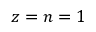
z = n = 1